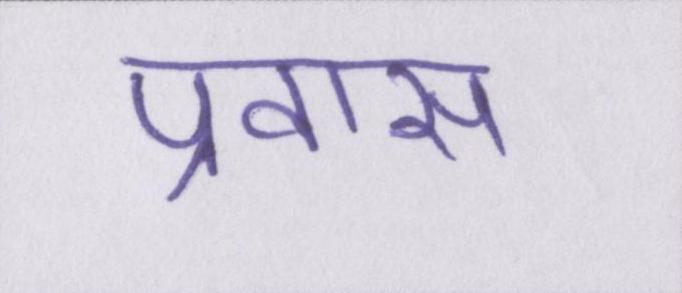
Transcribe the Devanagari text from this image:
प्रवास